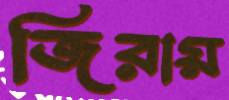
জিরায়